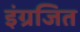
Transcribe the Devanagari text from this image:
इंग्रजित